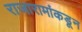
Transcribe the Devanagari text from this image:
राजारामांकडून